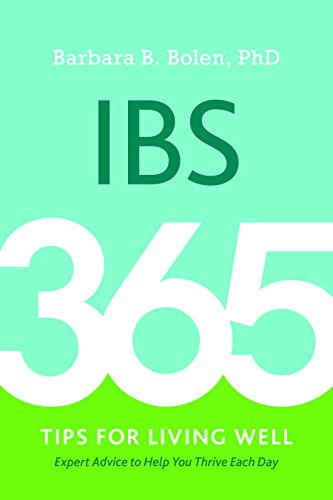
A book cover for IBS: 365 Tips for Living Well; Barbara Bolen PhD; Health, Fitness & Dieting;